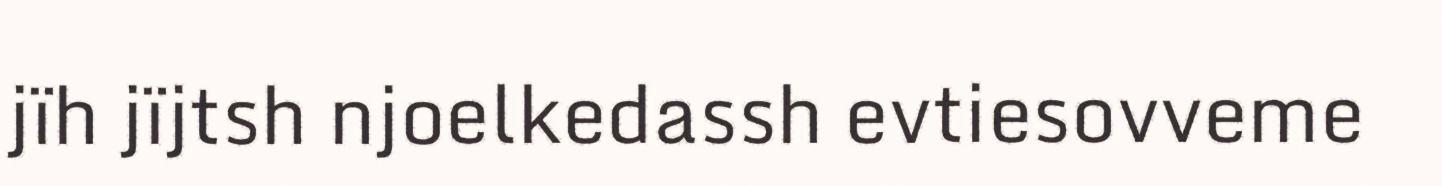
jïh jïjtsh njoelkedassh evtiesovveme